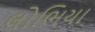
લોભિયા